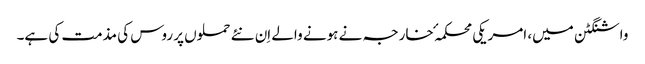
واشنگٹن میں، امریکی محکمہٴ خارجہ نے ہونے والے اِن نئے حملوں پر روس کی مذمت کی ہے۔